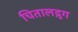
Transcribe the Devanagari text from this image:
चितालद्रुग